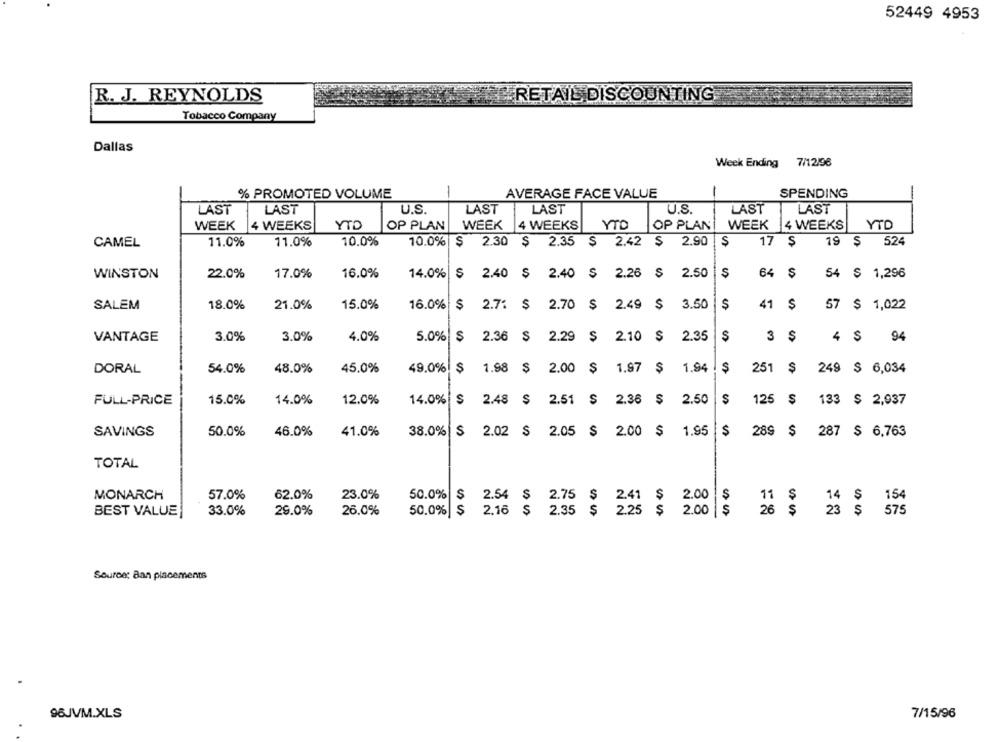
52449 4953
RETAIL DISCOUNTING
R. J. REYNOLDS
Tobacco Company
Dallas
Week Ending 7/12/96
% PROMOTED VOLUME
-
AVERAGE FACE VALUE
SPENDING
LAST
LAST
U.S.
LAST
LAST
U.S.
LAST
LAST
WEEK
4 WEEKS
YTD
OP PLAN
WEEK
4 WEEKS
YTO
OP PLAN
WEEK
4 WEEKS
YTD
CAMEL
11.0%
11.0%
10.0%
10.0% $ 2.30 $ 2.35 $ 2.42 $ 2.90 $
17
19 $ 524
WINSTON
22.0%
17.0%
16.0%
14.0%
$ 2.40 $ 2.40 $ 2.26 $ 2.50
64
54 $ 1,296
15.0%
16.0%
$
41
SALEM
18.0%
21.0%
$ 2.71 $ 2.70 $ 2.49 $ 3.50
$
57 $ 1,022
VANTAGE
3.0%
3.0%
4.0%
5.0% $ 2.36 $
2.29 $ 2.10 $ 2.35
$
3
$
4 $ 94
DORAL
54.0%
48.0%
45.0%
49.0%
1.98 $
2.00 $
1.97 $
1.94
251
$
249 $ 6,034
15.0%
14.0%
12.0%
14.0%
S
2.48 $
2.51
$ 2.36 $ 2.50
$
125
133 $ 2,937
FULL-PRICE
$
SAVINGS
50.0%
46.0%
41.0%
38.0% $ 2.02 $ 2.05 $ 2.00 $ 1.95 $
289 $ 287 $ 6,763
TOTAL
MONARCH
57.0%
62.0%
23.0%
50.0%
2.54 $ 2.75 $ 2.41 $ 2.00 $
11 $
14 $ 154
BEST VALUE
33.0%
29.0%
26.0%
50.0%
35
2.16
2.35 $ 2.25 $ 2.00 $
26
23 $ 575
Source: Ban placements
7/15/96
96JVM.XLS